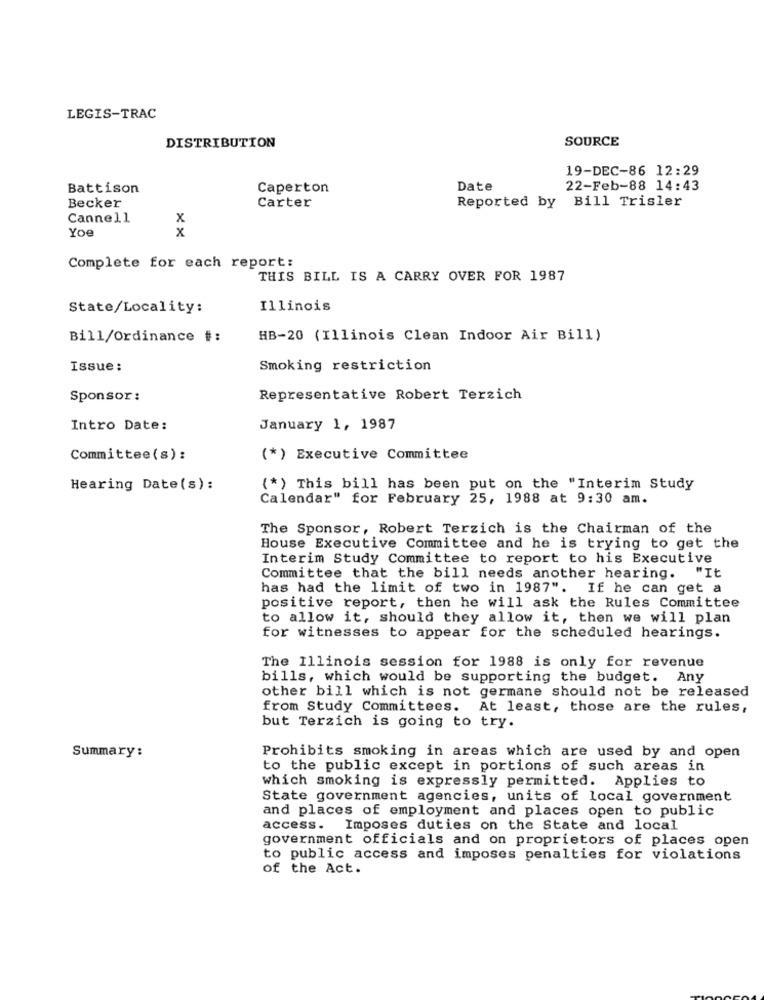
LEGIS-TRAC
SOURCE
DISTRIBUTION
19-DEC-86 12:29
Battison
Caperton
Date
22-Feb-88 14:43
Carter
Reported by Bill Trisler
Becker
Cannell
x
Yoe
x
Complete for each report:
THIS BILL IS A CARRY OVER FOR 1987
State/Locality:
Illinois
Bill/Ordinance #:
HB-20 (Illinois Clean Indoor Air Bill)
Issue:
Smoking restriction
Sponsor:
Representative Robert Terzich
Intro Date:
January 1, 1987
Committee(s) :
(*) Executive Committee
Hearing Date(s):
(*) This bill has been put on the "Interim Study
Calendar" for February 25, 1988 at 9:30 am.
The Sponsor, Robert Terzich is the Chairman of the
House Executive Committee and he is trying to get the
Interim Study Committee to report to his Executive
Committee that the bill needs another hearing. "It
has had the limit of two in 1987". If he can get a
positive report, then he will ask the Rules Committee
to allow it, should they allow it, then we will plan
for witnesses to appear for the scheduled hearings.
The Illinois session for 1988 is only for revenue
bills, which would be supporting the budget. Any
other bill which is not germane should not be released
from Study Committees. At least, those are the rules,
but Terzich is going to try.
Summary:
Prohibits smoking in areas which are used by and open
to the public except in portions of such areas in
which smoking is expressly permitted. Applies to
State government agencies, units of local government
and places of employment and places open to public
access. Imposes duties on the State and local
government officials and on proprietors of places open
to public access and imposes penalties for violations
of the Act.